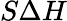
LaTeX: S\Delta H